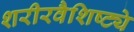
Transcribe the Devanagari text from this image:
शरीरवैशिष्ट्ये